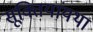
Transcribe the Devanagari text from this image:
सूक्तियांयथा